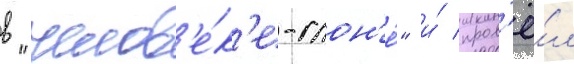
в "челов'е́к'е-слон'е́" и́ пров'ё́л